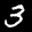
Label: 3